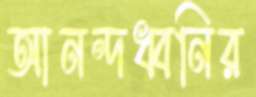
আনন্দধ্বনির